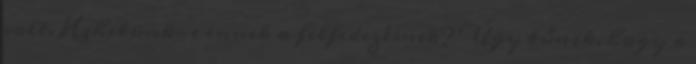
volt. Hihetünk-e ennek a felfedezésnek? Úgy tűnik, hogy a